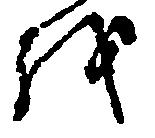
を